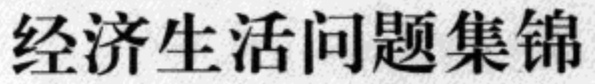
经济生活问题集锦